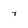
Character: 7